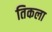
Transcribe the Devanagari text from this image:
तिकला